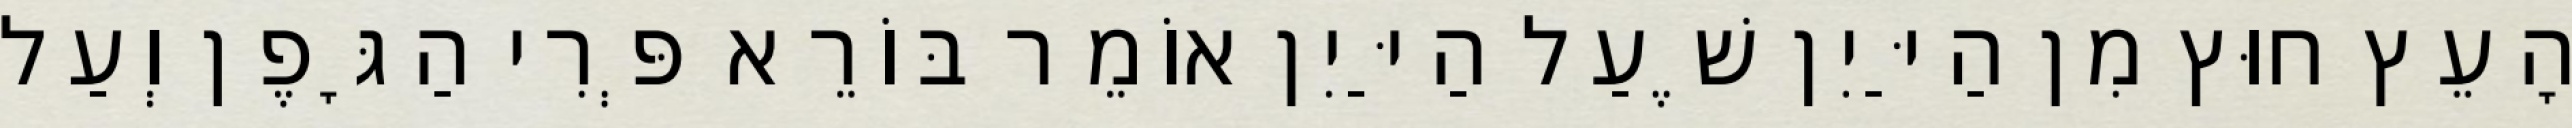
הָעֵץ חוּץ מִן הַיַּיִן שֶׁעַל הַיַּיִן אוֹמֵר בּוֹרֵא פְּרִי הַגָּפֶן וְעַל